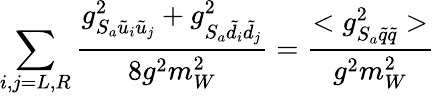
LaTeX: \sum_{i,j=L,R}\frac{g_{S_{a}\tilde{u}_{i}\tilde{u}_{j}}^{2}+g_{S_{a}\tilde{d}_{i}\tilde{d}_{j}}^{2}}{8g^{2}m_{W}^{2}}=\frac{<g_{S_{a}\tilde{q}\tilde{q}}^{2}>}{g^{2}m_{W}^{2}}